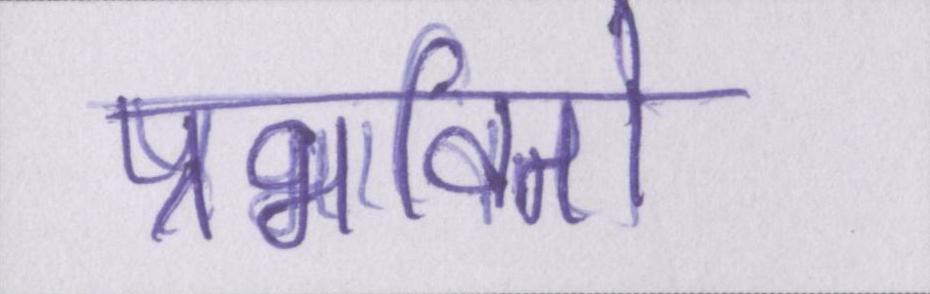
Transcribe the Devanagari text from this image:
प्रभावितों